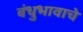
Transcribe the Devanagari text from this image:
बंधुभावाचे